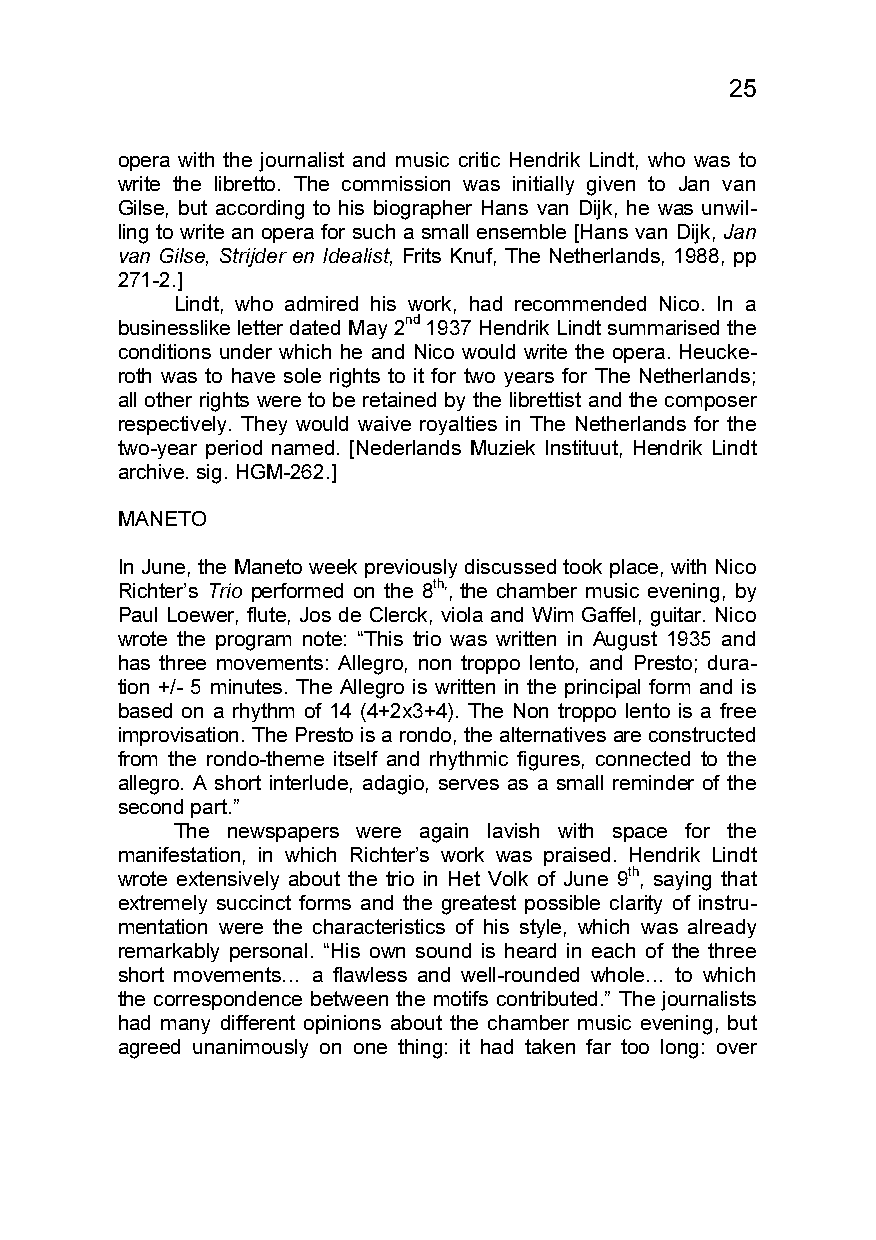
25
 opera with the journalist and music critic Hendrik Lindt, who was to
 write the libretto. The commission was initially given to Jan van
 Gilse, but according to his biographer Hans van Dijk, he was unwil-
 ling to write an opera for such a small ensemble [Hans van Dijk, Jan
 van Gilse, Strijder en Idealist, Frits Knuf, The Netherlands, 1988, pp
 271-2.]
 Lindt, who admired his work, had recommended Nico. In a
 businesslike letter dated May 2nd 1937 Hendrik Lindt summarised the
 conditions under which he and Nico would write the opera. Heucke-
 roth was to have sole rights to it for two years for The Netherlands;
 all other rights were to be retained by the librettist and the composer
 respectively. They would waive royalties in The Netherlands for the
 two-year period named. [Nederlands Muziek Instituut, Hendrik Lindt
 archive. sig. HGM-262.]
 MANETO
 In June, the Maneto week previously discussed took place, with Nico
 Richter’s Trio performed on the 8th,, the chamber music evening, by
 Paul Loewer, flute, Jos de Clerck, viola and Wim Gaffel, guitar. Nico
 wrote the program note: “This trio was written in August 1935 and
 has three movements: Allegro, non troppo lento, and Presto; dura-
 tion +/- 5 minutes. The Allegro is written in the principal form and is
 based on a rhythm of 14 (4+2x3+4). The Non troppo lento is a free
 improvisation. The Presto is a rondo, the alternatives are constructed
 from the rondo-theme itself and rhythmic figures, connected to the
 allegro. A short interlude, adagio, serves as a small reminder of the
 second part.”
 The newspapers were again lavish with space for the
 manifestation, in which Richter’s work was praised. Hendrik Lindt
 wrote extensively about the trio in Het Volk of June 9th, saying that
 extremely succinct forms and the greatest possible clarity of instru-
 mentation were the characteristics of his style, which was already
 remarkably personal. “His own sound is heard in each of the three
 short movements… a flawless and well-rounded whole… to which
 the correspondence between the motifs contributed.” The journalists
 had many different opinions about the chamber music evening, but
 agreed unanimously on one thing: it had taken far too long: over